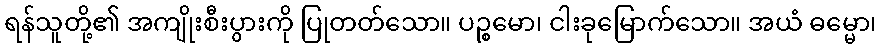
ရန်သူတို့၏ အကျိုးစီးပွားကို ပြုတတ်သော။ ပဉ္စမော၊ ငါးခုမြောက်သော။ အယံ ဓမ္မော၊